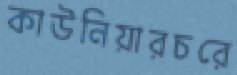
কাউনিয়ারচরে